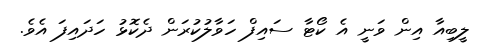
ލީބިއާ އިން ވަނީ އެ ކޯޓާ ސައިފް ހަވާލުކުރަން ދެކޮޅު ހަދައިފަ އެވެ.